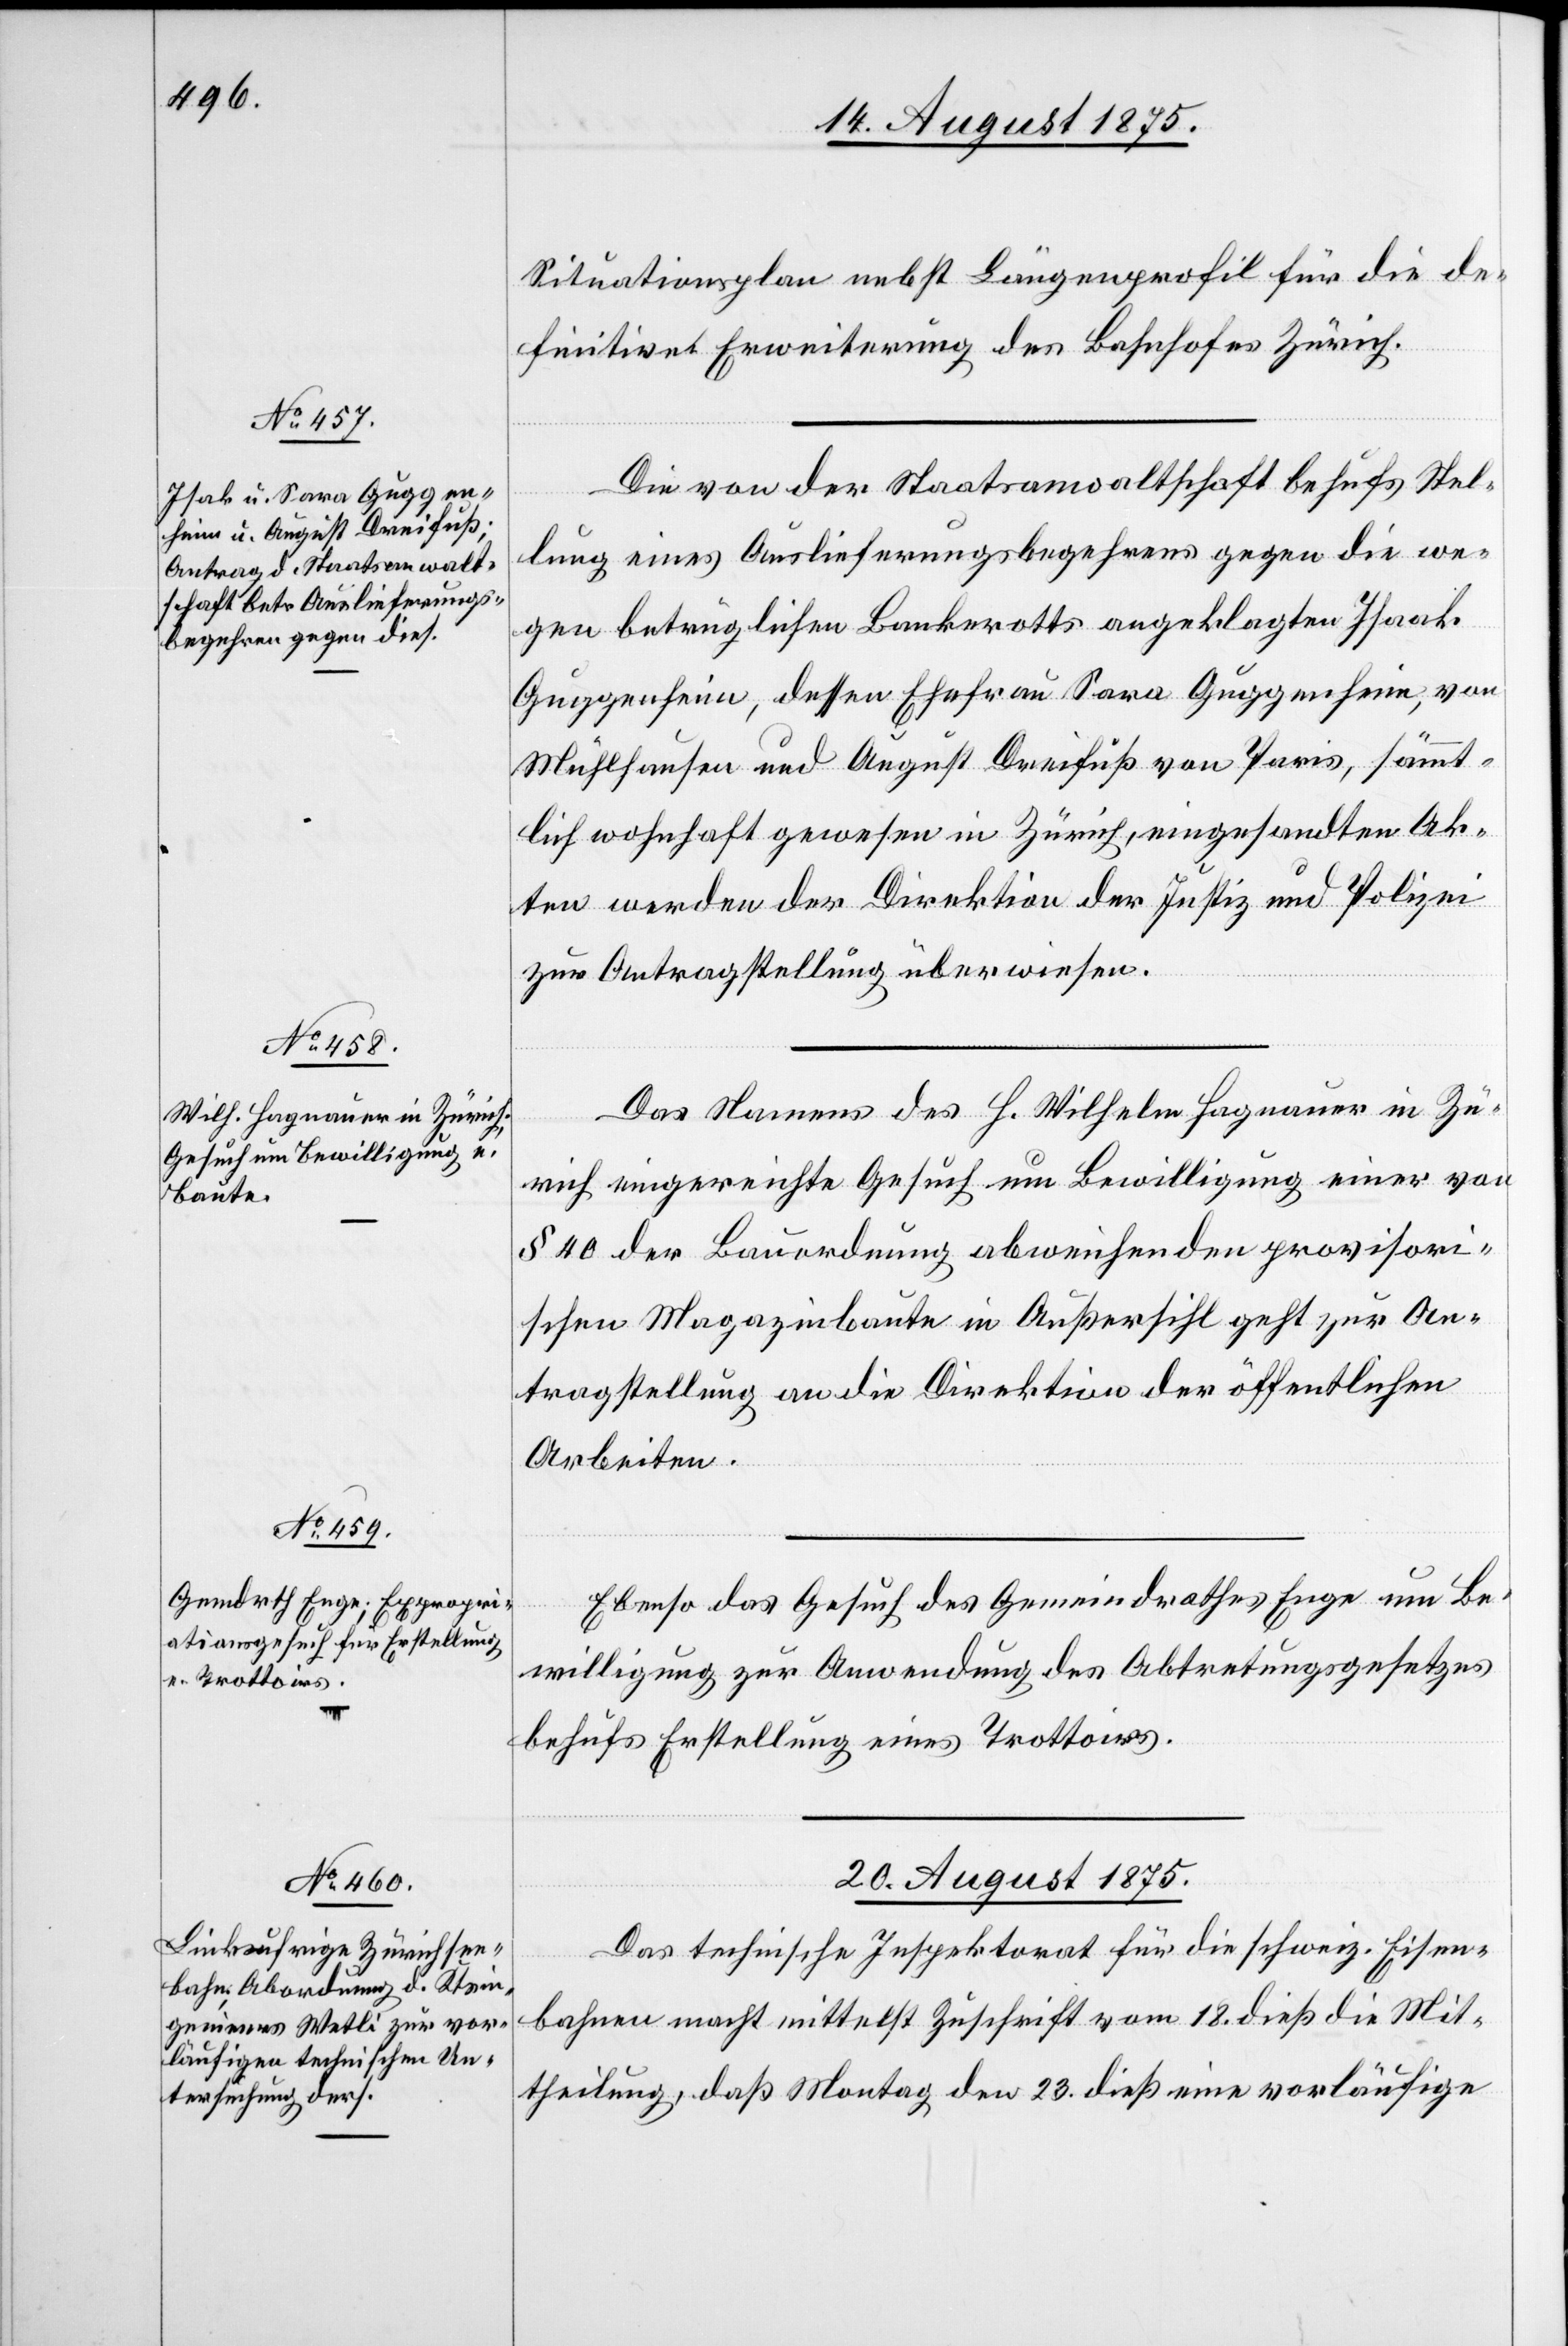
Situationsplan nebst Längenprofil für die de¬
finitive Erweiterung des Bahnhofes Zürich.
Die von der Staatsanwaltschaft behufs Stel¬
lung eines Auslieferungsbegehrens gegen die we¬
gen betrüglichen Bankrotts angeklagten Isaak
Guggenheim, dessen Ehefrau Sara Guggenheim, von
Mühlhausen und August Dreifuß von Paris, sämmt¬
lich[e] wohnhaft gewesen in Zürich, eingesandten Ak¬
ten werden der Direktion der Justiz und Polizei
zur Antragstellung überwiesen.
Das Namens des H. Wilhelm Hagnauer in Zü¬
rich eingereichte Gesuch um Bewilligung einer von
§ 40 der Bauordnung abweisenden provisori¬
schen Magazinbaute in Außersihl geht zur An¬
tragstellung an die Direktion der öffentlichen
Arbeiten.
Ebenso das Gesuch des Gemeindrathes Enge um Be¬
willigung zur Anwendung des Abtretungsgesetzes
behufs Erstellung eines Trottoirs.
20. August 1875.
Das technische Inspektorat für die schweiz. Eisen¬
bahnen macht mittelst Zuschrift vom 18. dieß die Mit¬
theilung daß Montag den 23. dieß eine vorläufige